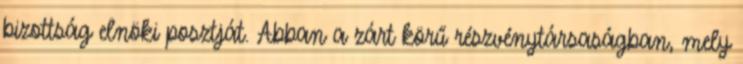
bizottság elnöki posztját. Abban a zárt körű részvénytársaságban, mely